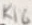
Text: R16